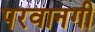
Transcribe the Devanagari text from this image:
परवानगी